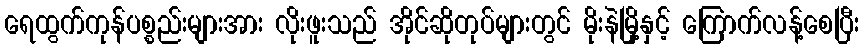
ရေထွက်ကုန်ပစ္စည်းများအား လိုးဖူးသည် အိုင်ဆိုတုပ်များတွင် မိုးနဲမြို့နှင့် ကြောက်လန့်စေပြီး